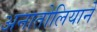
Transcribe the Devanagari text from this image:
अनातोलियाने